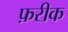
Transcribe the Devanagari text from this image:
फ़रीक